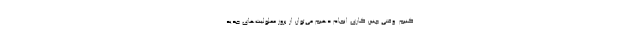
کنیم. وقتی چنین کاری انجام دهیم می‌توان از بروز معلولیت‌های جدید